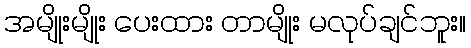
အမျိုးမျိုး ပေးထား တာမျိုး မလုပ်ချင်ဘူး။